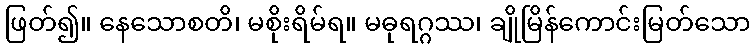
ဖြတ်၍။ နေသောစတိ၊ မစိုးရိမ်ရ။ မဓုရဂ္ဂဿ၊ ချိုမြိန်ကောင်းမြတ်သော